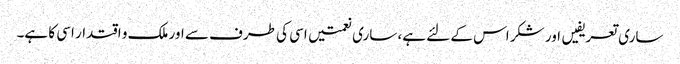
ساری تعریفیں اور شکر اس کے لئے ہے، ساری نعمتیں اسی کی طرف سے اور ملک و اقتدار اسی کا ہے۔